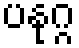
ပနုဂ္ဂ